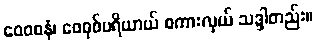
ဝေဝစနံ၊ ဝေဝုစ်ပရိယာယ် စကားလှယ် သဒ္ဒါတည်း။